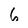
Character: 6